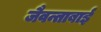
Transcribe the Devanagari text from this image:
जैवन्ताबाई